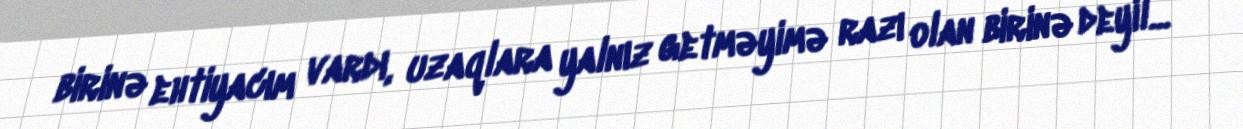
birinə ehtiyacım vardı, uzaqlara yalnız getməyimə razı olan birinə deyil...